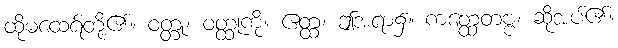
ထိုမထေရ်တို့၏။ ဝတ္တု၊ ဝတ္ထုကို။ ဧတ္ထ၊ ဤအရာ၌။ ကတ္ထေတဗ္ဗံ၊ ဆိုအပ်၏။